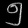
Digit: ၅